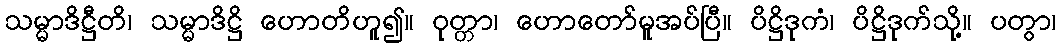
သမ္မာဒိဋ္ဌီတိ၊ သမ္မာဒိဋ္ဌိ ဟောတိဟူ၍။ ဝုတ္တာ၊ ဟောတော်မူအပ်ပြီ။ ပိဋ္ဌိဒုကံ၊ ပိဋ္ဌိဒုက်သို့။ ပတွာ၊